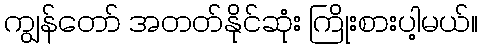
ကျွန်တော် အတတ်နိုင်ဆုံး ကြိုးစားပါ့မယ်။